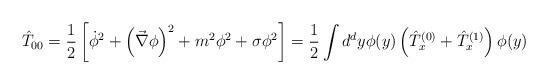
LaTeX: \begin{align*}\hat{T}_{00}=\frac{1}{2}\left[\dot{\phi}^2+\left(\vec{\nabla} \phi\right)^2+m^2\phi^2+\sigma\phi^2\right]=\frac{1}{2}\int d^dy \phi(y)\left(\hat{T}^{(0)}_x+\hat{T}^{(1)}_x\right) \phi(y)\end{align*}